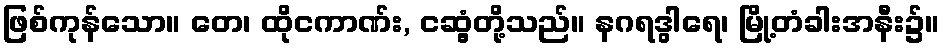
ဖြစ်ကုန်သော။ တေ၊ ထိုငကာဏ်း, ငဆွံ့တို့သည်။ နဂရဒွါရေ၊ မြို့တံခါးအနီး၌။